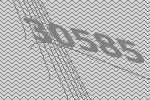
30585